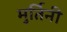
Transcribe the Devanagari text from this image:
मुर्तिनी